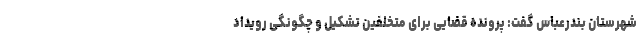
شهرستان بندرعباس گفت: پرونده قضایی برای متخلفین تشکیل و چگونگی رویداد